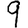
Digit: 9